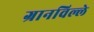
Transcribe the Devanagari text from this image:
ग्रानविल्ले